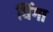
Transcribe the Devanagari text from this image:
धिंगा